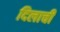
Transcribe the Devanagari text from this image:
दिलाची